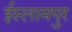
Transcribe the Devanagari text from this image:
ईस्लामपुर